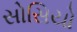
સોસિયો